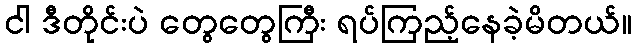
ငါ ဒီတိုင်းပဲ တွေတွေကြီး ရပ်ကြည့်နေခဲ့မိတယ်။